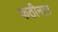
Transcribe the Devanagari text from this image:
कठीनता